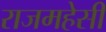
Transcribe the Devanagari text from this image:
राजमहेसी